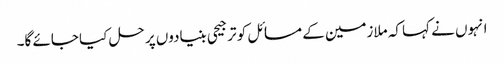
انہوں نے کہا کہ ملازمین کے مسائل کو ترجیحی بنیادوں پر حل کیا جائے گا۔